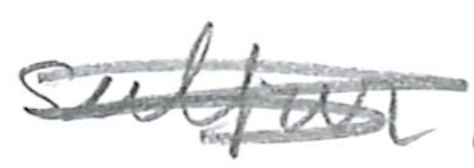
Text: sulfur
Cross-out: scratch
Writing tool: pencil